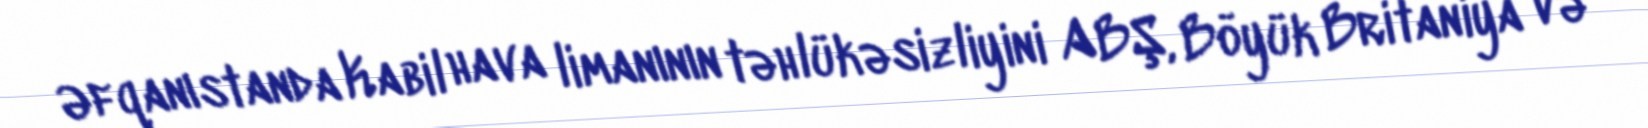
Əfqanıstanda Kabil hava limanının təhlükəsizliyini ABŞ, Böyük Britaniya və